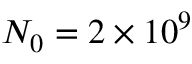
N _ { 0 } = 2 \times 1 0 ^ { 9 }